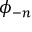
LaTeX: \phi _ { - n }